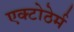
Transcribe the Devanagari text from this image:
एक्टोठेर्म